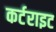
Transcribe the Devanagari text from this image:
कर्टराइट